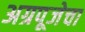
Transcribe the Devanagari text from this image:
अग्रपूजेचा